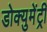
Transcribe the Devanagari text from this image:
डोक्युमेंट्री